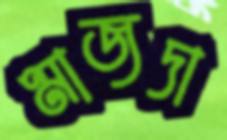
মাজদা